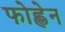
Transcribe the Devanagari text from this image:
फोह्लेन